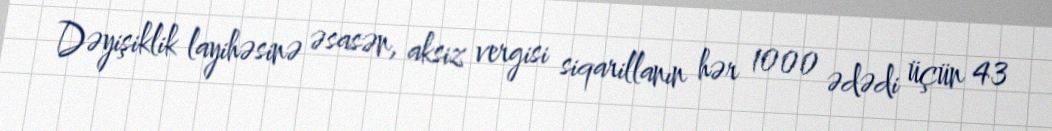
Dəyişiklik layihəsinə əsasən, aksiz vergisi siqarillanın hər 1000 ədədi üçün 43